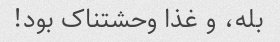
بله، و غذا وحشتناک بود!